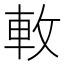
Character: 𨊴